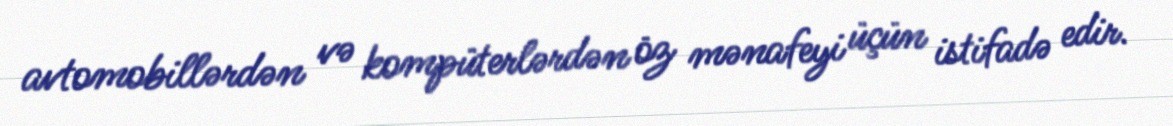
avtomobillərdən və kompüterlərdən öz mənafeyi üçün istifadə edir.